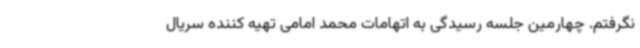
نگرفتم. چهارمین جلسه رسیدگی به اتهامات محمد امامی تهیه کننده سریال